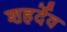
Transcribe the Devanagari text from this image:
शहर्देव